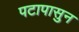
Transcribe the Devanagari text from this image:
पटापासुन